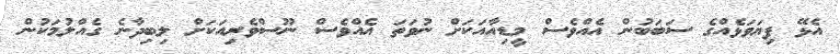
އެޅޭ ފިޔަވަޅެއްގެ ސަބަބުން އެއްވެސް މީޑިއާއަކަށް ނުވަތަ އެއްވެސް ނޫސްވެރިއަކަށް ލިބިދާނެ ގެއްލުމަކުން